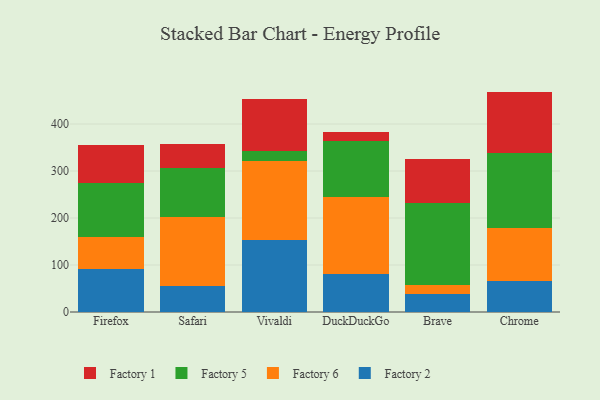
{"axis": {"x": "Browser", "y": "Tickets Resolved"}, "legend": ["Factory 1", "Factory 2", "Factory 5", "Factory 6"], "data": [{"x": "Firefox", "y": 91.5, "type": "Factory 2"}, {"x": "Firefox", "y": 67.5, "type": "Factory 6"}, {"x": "Firefox", "y": 115.4, "type": "Factory 5"}, {"x": "Firefox", "y": 80.0, "type": "Factory 1"}, {"x": "Safari", "y": 55.4, "type": "Factory 2"}, {"x": "Safari", "y": 147.4, "type": "Factory 6"}, {"x": "Safari", "y": 104.2, "type": "Factory 5"}, {"x": "Safari", "y": 50.6, "type": "Factory 1"}, {"x": "Vivaldi", "y": 153.6, "type": "Factory 2"}, {"x": "Vivaldi", "y": 168.7, "type": "Factory 6"}, {"x": "Vivaldi", "y": 19.3, "type": "Factory 5"}, {"x": "Vivaldi", "y": 111.9, "type": "Factory 1"}, {"x": "DuckDuckGo", "y": 81.3, "type": "Factory 2"}, {"x": "DuckDuckGo", "y": 163.7, "type": "Factory 6"}, {"x": "DuckDuckGo", "y": 118.8, "type": "Factory 5"}, {"x": "DuckDuckGo", "y": 18.4, "type": "Factory 1"}, {"x": "Brave", "y": 38.4, "type": "Factory 2"}, {"x": "Brave", "y": 19.1, "type": "Factory 6"}, {"x": "Brave", "y": 175.4, "type": "Factory 5"}, {"x": "Brave", "y": 92.1, "type": "Factory 1"}, {"x": "Chrome", "y": 66.9, "type": "Factory 2"}, {"x": "Chrome", "y": 111.0, "type": "Factory 6"}, {"x": "Chrome", "y": 160.5, "type": "Factory 5"}, {"x": "Chrome", "y": 130.6, "type": "Factory 1"}]}